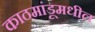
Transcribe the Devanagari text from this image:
काठमांडूमधील